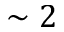
\sim 2